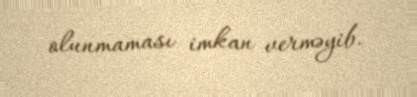
olunmaması imkan verməyib.